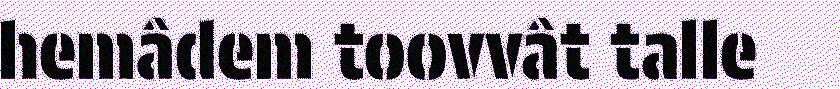
hemâdem toovvât talle